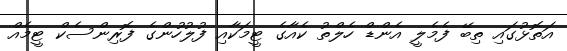
އަތޮޅުގައި ތިބޭ ފެމެލީ އެންޑް ހެލްތު ކެއާގެ ޓީމަކާއި ފުލުހުންގެ ފޮރިންސެކް ޓީމެއް